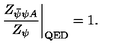
\left. \frac { Z _ { \bar { \psi } \psi A } } { Z _ { \psi } } \right| _ { \mathrm { Q E D } } = 1 .